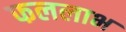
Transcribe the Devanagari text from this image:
फललाभ